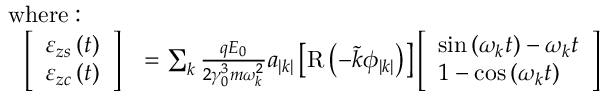
\begin{array} { r l } { \mathrm { w h e r e : ~ } ~ ~ ~ ~ } & { } \\ { \left[ \begin{array} { l } { \varepsilon _ { z s } \left( t \right) } \\ { \varepsilon _ { z c } \left( t \right) } \end{array} \right] } & { = \sum _ { k } \frac { q E _ { 0 } } { 2 \gamma _ { 0 } ^ { 3 } m \omega _ { k } ^ { 2 } } a _ { \left| k \right| } \left[ \mathrm { R } \left( - \tilde { k } \phi _ { \left| k \right| } \right) \right] \left[ \begin{array} { l } { \sin \left( \omega _ { k } t \right) - \omega _ { k } t } \\ { 1 - \cos \left( \omega _ { k } t \right) } \end{array} \right] } \end{array}